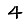
Digit: 4